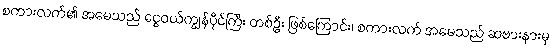
စကားလက်၏ အမေသည် ငွေဝယ်ကျွန်ပိုင်ကြီး တစ်ဦး ဖြစ်ကြောင်း၊ စကားလက် အမေသည် ဆဗားနားမှ